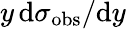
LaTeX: y\, \mathrm{d}\sigma_{\mathrm{obs}}/\mathrm{d}y